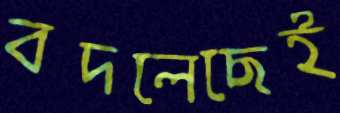
বদলেছেই